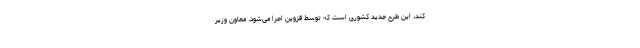
کند، این طرح جدید کشوری است که توسط قزوین اجرا می‌شود. معاون وزیر